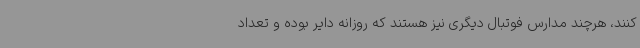
کنند، هرچند مدارس فوتبال دیگری نیز هستند که روزانه دایر بوده و تعداد